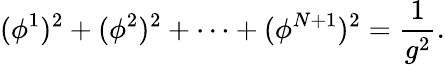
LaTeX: (\phi^{1})^{2}+(\phi^{2})^{2}+\cdots+(\phi^{N+1})^{2}=\frac{1}{g^{2}}.